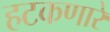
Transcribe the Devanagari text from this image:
हटकणारे